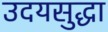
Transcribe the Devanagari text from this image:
उदयसुद्धा